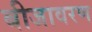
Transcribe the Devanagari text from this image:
बीजावरण